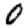
Digit: 0